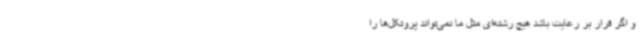
و اگر قرار بر رعایت باشد هیچ رشته‌ای مثل ما نمی‌تواند پروتکل‌ها را